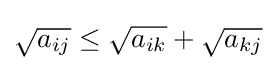
{\sqrt {a_{ij}}}\leq {\sqrt {a_{ik}}}+{\sqrt {a_{kj}}}